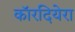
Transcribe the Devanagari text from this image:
कॉरदियेरा